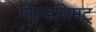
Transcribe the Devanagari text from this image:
गोल्डशिमट्